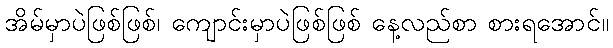
အိမ်မှာပဲဖြစ်ဖြစ်၊ ကျောင်းမှာပဲဖြစ်ဖြစ် နေ့လည်စာ စားရအောင်။